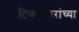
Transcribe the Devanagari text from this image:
टिकाकारांच्या